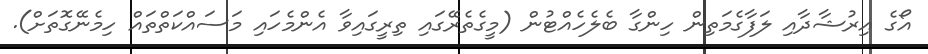
އޯގެ އިރުޝާދާއި ލަފާގެމަތިން ހިންގާ ބެލެހެއްޓުން (މީގެތެރޭގައި ތިރީގައިވާ އެންމެހައި މަސައްކަތްތައް ހިމެނޭގޮތަށް).